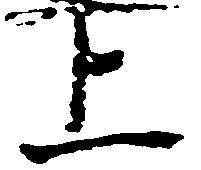
上